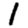
Digit: 1